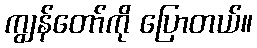
ကျွန်တော်ကို ပြောတယ်။